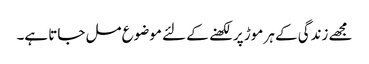
مجھے زندگی کے ہر موڑ پر لکھنے کے لئے موضوع مل جاتا ہے۔